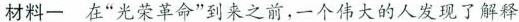
材料一 在”光荣革命”到来之前，一个伟大的人发现了解释